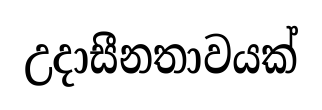
උදාසීනතාවයක්